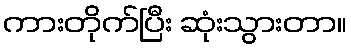
ကားတိုက်ပြီး ဆုံးသွားတာ။